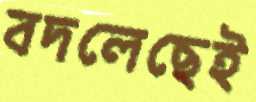
বদলেছেই